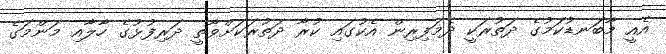
އެއީ މާބަނޑުކަމުގެ ދަތުރަކީ ދެމަފިރިން އެކުގައި ކުރާ ދަތުރަކަށްވާތީ ދަރިފުޅުގެ ހާލާއި މަންމަގެ